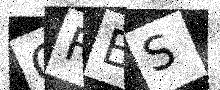
Text: CFBS